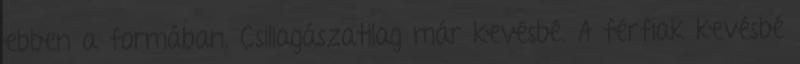
ebben a formában. Csillagászatilag már kevésbé. A férfiak kevésbé